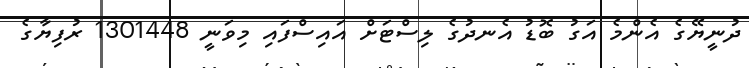
ދުނީޔޭގެ އެންމެ އަގު ބޮޑު އެނދުގެ ލިސްޓަށް އައިސްފައި މިވަނީ 1301448 ރުފިޔާގެ